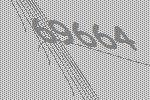
69664